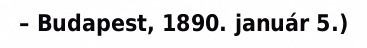
– Budapest, 1890. január 5.)